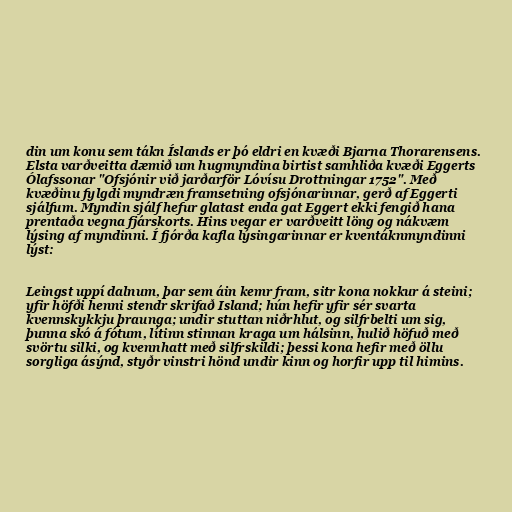
din um konu sem tákn Íslands er þó eldri en kvæði Bjarna Thorarensens.
Elsta varðveitta dæmið um hugmyndina birtist samhliða kvæði Eggerts
Ólafssonar "Ofsjónir við jarðarför Lóvísu Drottningar 1752". Með
kvæðinu fylgdi myndræn framsetning ofsjónarinnar, gerð af Eggerti
sjálfum. Myndin sjálf hefur glatast enda gat Eggert ekki fengið hana
prentaða vegna fjárskorts. Hins vegar er varðveitt löng og nákvæm
lýsing af myndinni. Í fjórða kafla lýsingarinnar er kventáknmyndinni
lýst:

Leingst uppí dalnum, þar sem áin kemr fram, sitr kona nokkur á steini;
yfir höfði henni stendr skrifað Island; hún hefir yfir sér svarta
kvennskykkju þraunga; undir stuttan niðrhlut, og silfrbelti um sig,
þunna skó á fótum, lítinn stinnan kraga um hálsinn, hulið höfuð með
svörtu silki, og kvennhatt með silfrskildi; þessi kona hefir með öllu
sorgliga ásýnd, styðr vinstri hönd undir kinn og horfir upp til himins.